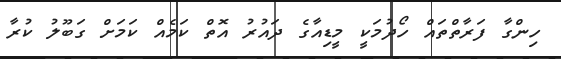
ހިންގާ ފަރާތްތައް ހޯދުމަކީ މީޑިއާގެ ދައުރު އޮތް ކަމެއް ކަމަށް ގަބޫލު ކުރާ